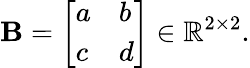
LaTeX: \mathbf{B}={\left[\begin{array}{ll}{a}&{b}\\ {c}&{d}\end{array}\right]}\in\mathbb{R}^{2\times 2}.